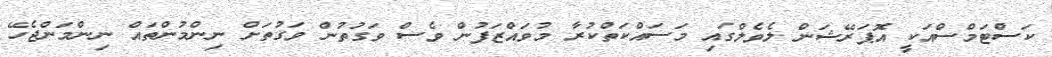
ކަސްޓަމްސްއަކީ އޮޕަރޭޝަން ލެވެލްގައި މަސައްކަތްކުރާ މުވައްޒަފުން ވެސް ވަގުތުން ވަގުތަށް ނިންމުންތައް ނިންމަންޖެހޭ